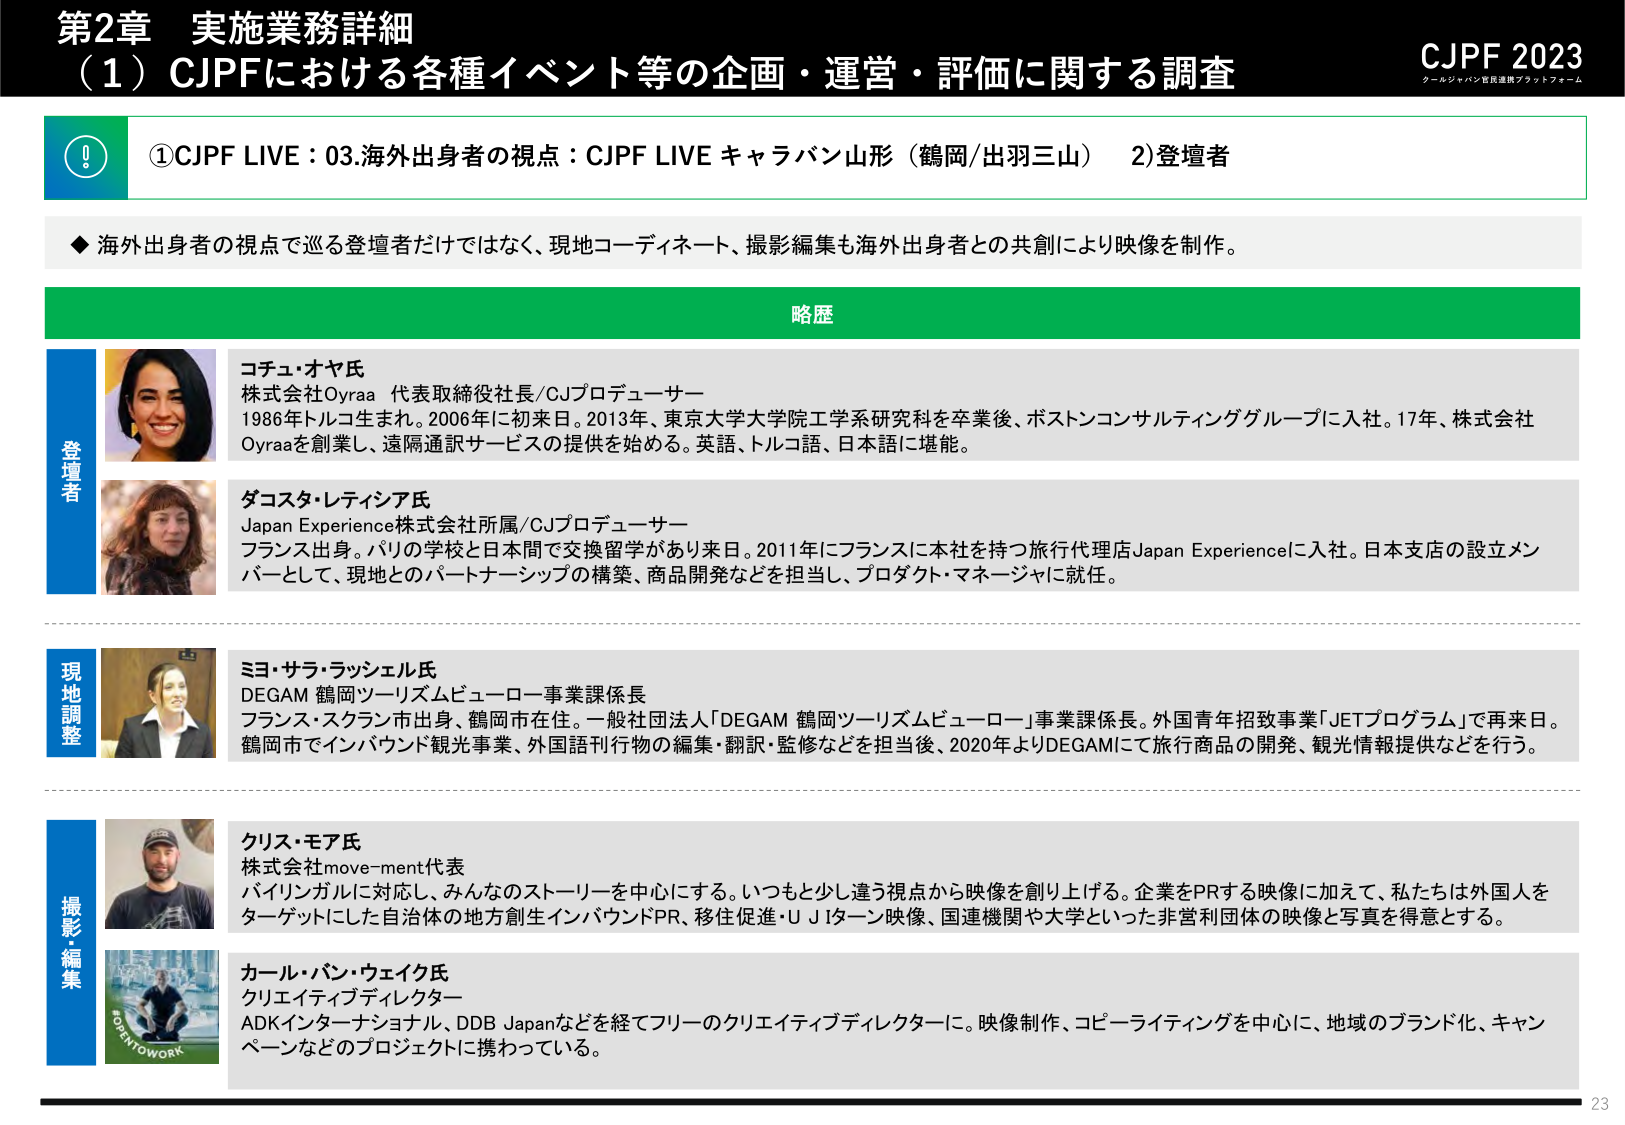
第2章 実施業務詳細
（1）CJPFにおける各種イベント等の企画・運営・評価に関する調査
CJPF 2023
クールジャパン官民連携プラットフォーム

①CJPF LIVE：03.海外出身者の視点：CJPF LIVE キャラバン山形（鶴岡/出羽三山） 2)登壇者

◆ 海外出身者の視点で巡る登壇者だけではなく、現地コーディネート、撮影編集も海外出身者との共創により映像を制作。

略歴

登壇者
コチュ・オヤ氏
株式会社Oyraa 代表取締役社長/CJプロデューサー
1986年トルコ生まれ。2006年に初来日。2013年、東京大学大学院工学系研究科を卒業後、ボストンコンサルティンググループに入社。17年、株式会社Oyraaを創業し、遠隔通訳サービスの提供を始める。英語、トルコ語、日本語に堪能。

ダコスタ・レティシア氏
Japan Experience株式会社所属/CJプロデューサー
フランス出身。パリの学校と日本間で交換留学があり来日。2011年にフランスに本社を持つ旅行代理店Japan Experienceに入社。日本支店の設立メンバーとして、現地とのパートナーシップの構築、商品開発などを担当し、プロダクト・マネージャーに就任。

現地調整
ミヨ・サラ・ラッシェル氏
DEGAM 鶴岡ツーリズムビューロー事業課係長
フランス・スカン市出身、鶴岡市在住。一般社団法人「DEGAM 鶴岡ツーリズムビューロー」事業課係長。外国青年招致事業「JETプログラム」で再来日。鶴岡市でインバウンド観光事業、外国語刊行物の編集・翻訳・監修などを担当後、2020年よりDEGAMIにて旅行商品の開発、観光情報提供などを行う。

撮影・編集
クリス・モア氏
株式会社move-ment代表
パリソングルに対応し、みんなのストーリーを中心にすると。いつもと少し違う視点から映像を創り上げる。企業をPRする映像に加えて、私たちは外国人をターゲットにした自治体の地方創生インバウンドPR、移住促進・U Jターン映像、国連機関や大学といった非営利団体の映像と写真を得意とする。

カール・バン・ウェイク氏
クリエイティブディレクター
ADKインターナショナル、DDB Japanなどを経てフリーのクリエイティブディレクターに。映像制作、コピーライティングを中心に、地域のブランド化、キャンペーンなどのプロジェクトに携わっている。

23